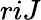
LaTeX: riJ